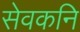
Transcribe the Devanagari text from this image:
सेवकनि